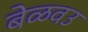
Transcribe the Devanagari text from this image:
बेळवउ